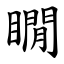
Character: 瞯